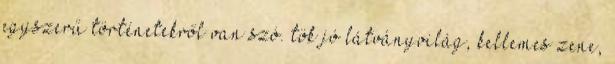
egyszerű történetekről van szó. tök jó látványvilág, kellemes zene,